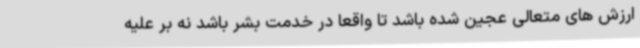
ارزش های متعالی عجین شده باشد تا واقعاً در خدمت بشر باشد نه بر علیه